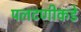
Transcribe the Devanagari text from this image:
पलटणीकडे